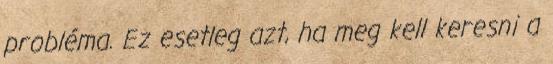
probléma. Ez esetleg azt, ha meg kell keresni a